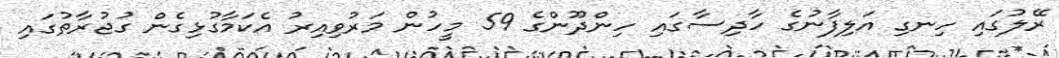
ރޭލުގައި ހިނގި އަލިފާނުގެ ހާދިސާގައި ހިންދޫންގެ 59 މީހުން މަރުވިއިރު އެކަމާގުޅިގެން ގުޖުރާތުގައި